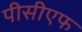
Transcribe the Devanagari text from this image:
पीसीएफ